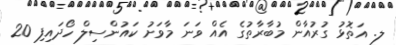
ލ. އަތޮޅު ގުރުއާން މުބާރާތުގެ އެއް ވަނަ މާވަށު ކައުންސިލް ހޯދައިފި 20